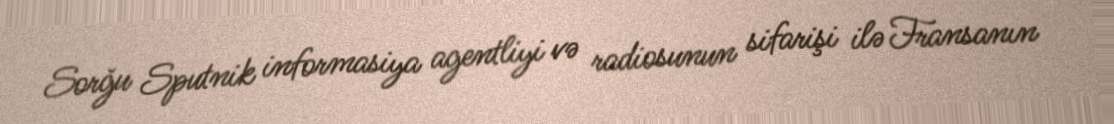
Sorğu Sputnik informasiya agentliyi və radiosunun sifarişi ilə Fransanın